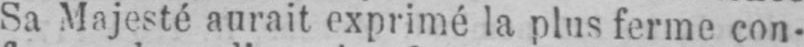
Sa Majesté aurait exprimé la plus ferme con-